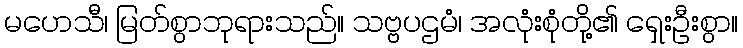
မဟေသီ၊ မြတ်စွာဘုရားသည်။ သဗ္ဗပဌမံ၊ အလုံးစုံတို့၏ ရှေးဦးစွာ။